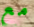
مع